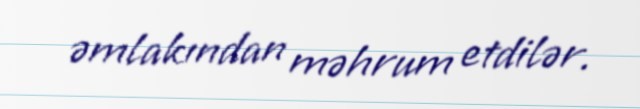
əmlakından məhrum etdilər.